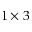
1 \times 3